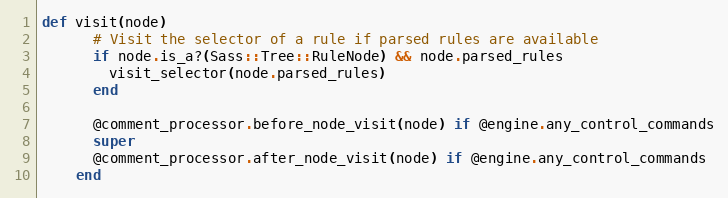
Language: Ruby
def visit(node)
      # Visit the selector of a rule if parsed rules are available
      if node.is_a?(Sass::Tree::RuleNode) && node.parsed_rules
        visit_selector(node.parsed_rules)
      end

      @comment_processor.before_node_visit(node) if @engine.any_control_commands
      super
      @comment_processor.after_node_visit(node) if @engine.any_control_commands
    end